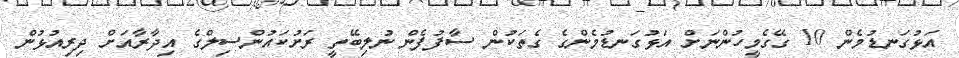
އަޅުގަނޑުމެން 10 ގޭގެމީހުންނަށް އަޅުގަނޑުމެންގެ ގެތަކުން ސާފުފެން ނުލިބޭތީ ރަށުކައުންސިލްގެ އިދާރާއަށް ދިރިއުޅުން